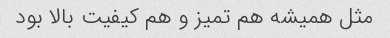
مثل همیشه هم تمیز و هم کیفیت بالا بود